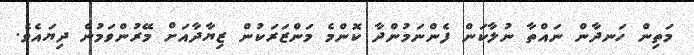
މަތިން ހަނދާން ނައްތާ ނުލާކަން ފެންނަމުންދާ ކޮންމެ މަންޒަރަކުން ޒިޔާދާއަށް މޭރުންވަމުން ދިޔައެވެ.